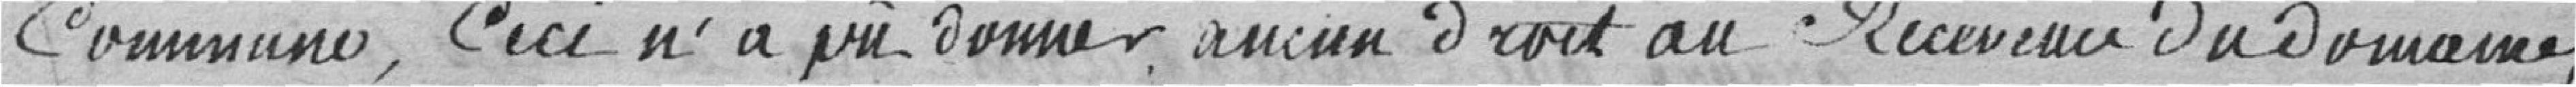
Commune, Ceci n'a pu donner aucun droit au Receveur du domaine